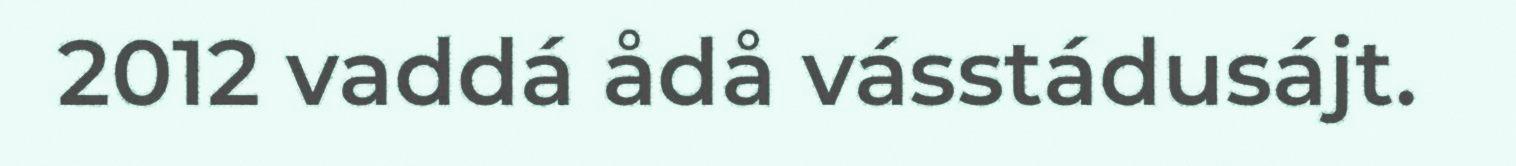
2012 vaddá ådå vásstádusájt.